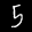
Label: 5